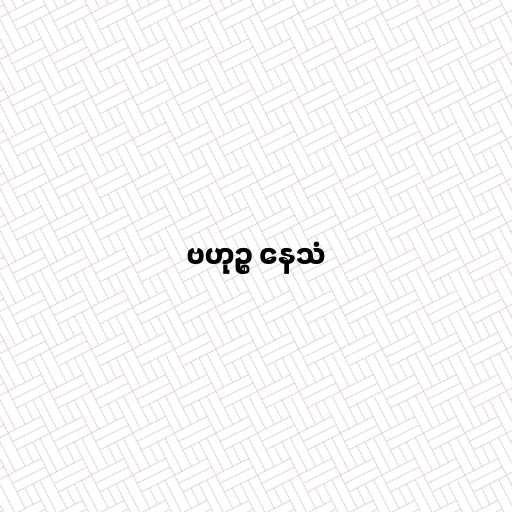
ဗဟုဉ္စ နေသံ